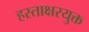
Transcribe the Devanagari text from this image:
हस्ताक्षरयुक्त